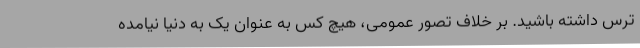
ترس داشته باشید. بر خلاف تصور عمومی، هیچ کس به عنوان یک به دنیا نیامده